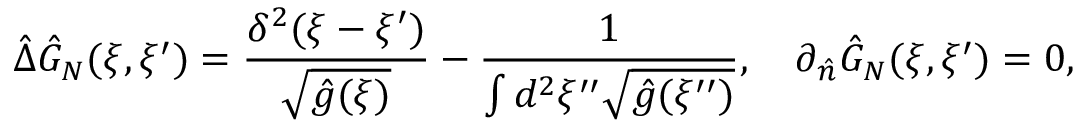
\hat { \Delta } { \hat { G } _ { N } } ( \xi , \xi ^ { \prime } ) = { \frac { { \delta ^ { 2 } } ( \xi - \xi ^ { \prime } ) } { \sqrt { \hat { g } ( \xi ) } } } - { \frac { 1 } { \int { d ^ { 2 } } \xi ^ { \prime \prime } \sqrt { \hat { g } ( \xi ^ { \prime \prime } ) } } } , \quad { \partial _ { \hat { n } } } { \hat { G } _ { N } } ( \xi , \xi ^ { \prime } ) = 0 ,